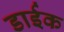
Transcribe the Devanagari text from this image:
डाईक